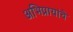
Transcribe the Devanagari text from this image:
अभिप्रायांचे